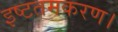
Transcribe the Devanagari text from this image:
इष्टतमकरण।